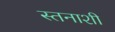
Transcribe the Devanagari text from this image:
स्तनाशी